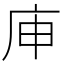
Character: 𰏳